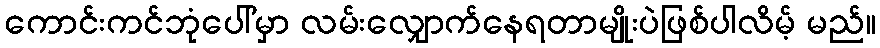
ကောင်းကင်ဘုံပေါ်မှာ လမ်းလျှောက်နေရတာမျိုးပဲဖြစ်ပါလိမ့် မည်။